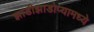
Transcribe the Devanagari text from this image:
झाडीझाडोप्यामध्ये